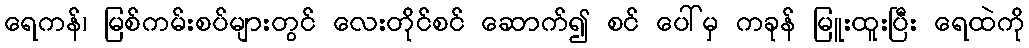
ရေကန်၊ မြစ်ကမ်းစပ်များတွင် လေးတိုင်စင် ဆောက်၍ စင် ပေါ်မှ ကခုန် မြူးထူးပြီး ရေထဲကို